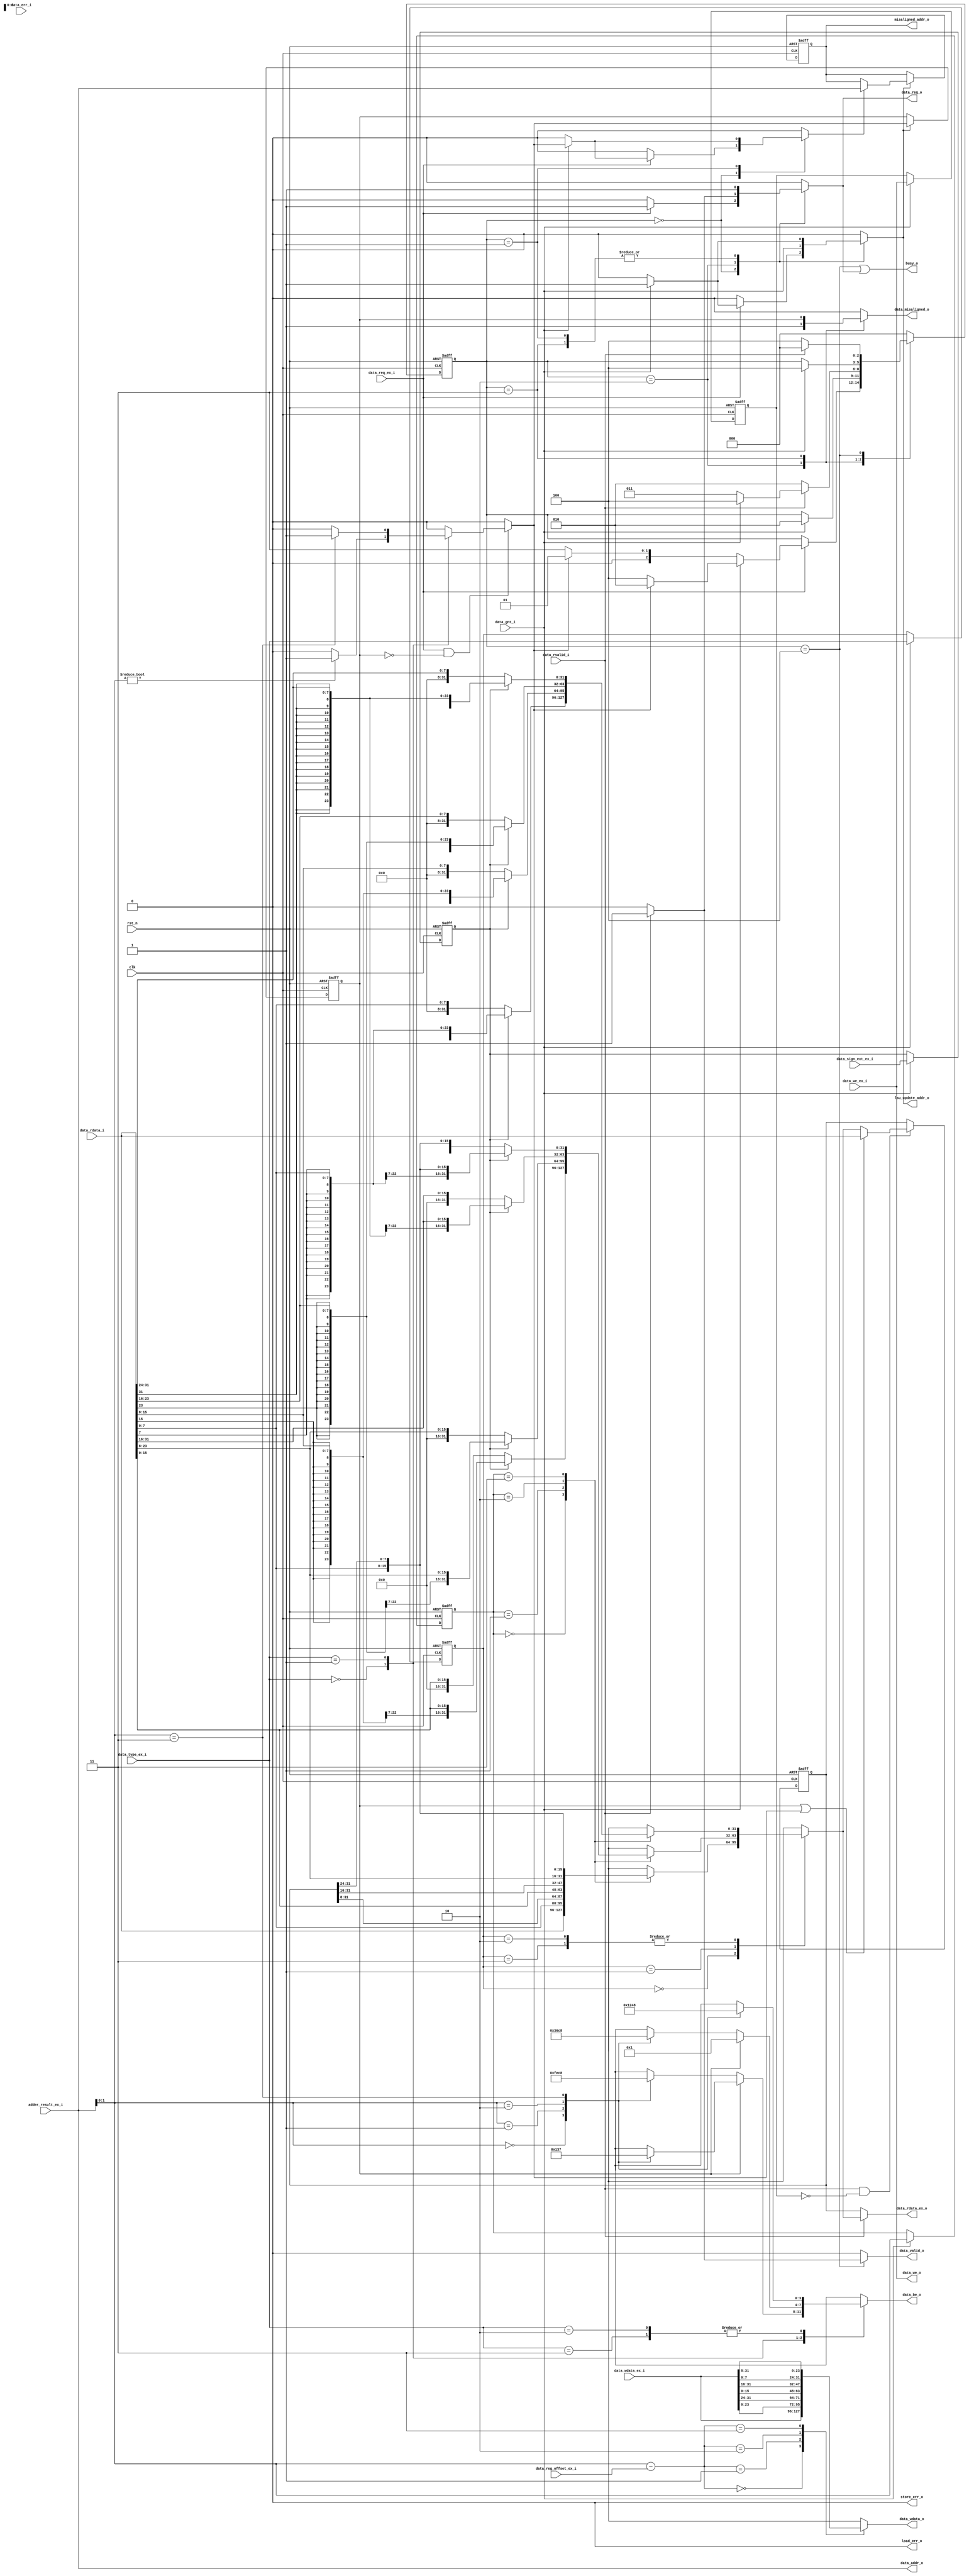
// Copyright lowRISC contributors.
// Copyright 2017 ETH Zurich and University of Bologna.
// Licensed under the Apache License, Version 2.0, see LICENSE for details.
// SPDX-License-Identifier: Apache-2.0

////////////////////////////////////////////////////////////////////////////////
//                                                                            //
// Additional contributions by:                                               //
//                 Sven Stucki - svstucki@student.ethz.ch                     //
//                                                                            //
//                                                                            //
// Design Name:    RISC-V processor core                                      //
// Project Name:   ibex                                                       //
// Language:       SystemVerilog                                              //
//                                                                            //
// Description:    Defines for various constants used by the processor core.  //
//                                                                            //
////////////////////////////////////////////////////////////////////////////////

module ibex_load_store_unit (
	clk,
	rst_n,
	data_req_o,
	data_gnt_i,
	data_rvalid_i,
	data_err_i,
	data_addr_o,
	data_we_o,
	data_be_o,
	data_wdata_o,
	data_rdata_i,
	data_we_ex_i,
	data_type_ex_i,
	data_wdata_ex_i,
	data_reg_offset_ex_i,
	data_sign_ext_ex_i,
	data_rdata_ex_o,
	data_req_ex_i,
	adder_result_ex_i,
	data_misaligned_o,
	misaligned_addr_o,
	load_err_o,
	store_err_o,
	lsu_update_addr_o,
	data_valid_o,
	busy_o
);
	input wire clk;
	input wire rst_n;
	output reg data_req_o;
	input wire data_gnt_i;
	input wire data_rvalid_i;
	input wire data_err_i;
	output wire [31:0] data_addr_o;
	output wire data_we_o;
	output wire [3:0] data_be_o;
	output wire [31:0] data_wdata_o;
	input wire [31:0] data_rdata_i;
	input wire data_we_ex_i;
	input wire [1:0] data_type_ex_i;
	input wire [31:0] data_wdata_ex_i;
	input wire [1:0] data_reg_offset_ex_i;
	input wire data_sign_ext_ex_i;
	output wire [31:0] data_rdata_ex_o;
	input wire data_req_ex_i;
	input wire [31:0] adder_result_ex_i;
	output reg data_misaligned_o;
	output reg [31:0] misaligned_addr_o;
	output wire load_err_o;
	output wire store_err_o;
	output reg lsu_update_addr_o;
	output reg data_valid_o;
	output wire busy_o;
	wire [31:0] data_addr_int;
	reg [1:0] data_type_q;
	reg [1:0] rdata_offset_q;
	reg data_sign_ext_q;
	reg data_we_q;
	wire [1:0] wdata_offset;
	reg [3:0] data_be;
	reg [31:0] data_wdata;
	wire misaligned_st;
	reg data_misaligned;
	reg data_misaligned_q;
	reg increase_address;
	reg [2:0] CS;
	reg [2:0] NS;
	reg [31:0] rdata_q;
	always @(*)
		case (data_type_ex_i)
			2'b00:
				if (!misaligned_st)
					case (data_addr_int[1:0])
						2'b00: data_be = 4'b1111;
						2'b01: data_be = 4'b1110;
						2'b10: data_be = 4'b1100;
						2'b11: data_be = 4'b1000;
					endcase
				else
					case (data_addr_int[1:0])
						2'b00: data_be = 4'b0000;
						2'b01: data_be = 4'b0001;
						2'b10: data_be = 4'b0011;
						2'b11: data_be = 4'b0111;
					endcase
			2'b01:
				if (!misaligned_st)
					case (data_addr_int[1:0])
						2'b00: data_be = 4'b0011;
						2'b01: data_be = 4'b0110;
						2'b10: data_be = 4'b1100;
						2'b11: data_be = 4'b1000;
					endcase
				else
					data_be = 4'b0001;
			2'b10, 2'b11:
				case (data_addr_int[1:0])
					2'b00: data_be = 4'b0001;
					2'b01: data_be = 4'b0010;
					2'b10: data_be = 4'b0100;
					2'b11: data_be = 4'b1000;
				endcase
		endcase
	assign wdata_offset = data_addr_int[1:0] - data_reg_offset_ex_i[1:0];
	always @(*)
		case (wdata_offset)
			2'b00: data_wdata = data_wdata_ex_i[31:0];
			2'b01: data_wdata = {data_wdata_ex_i[23:0], data_wdata_ex_i[31:24]};
			2'b10: data_wdata = {data_wdata_ex_i[15:0], data_wdata_ex_i[31:16]};
			2'b11: data_wdata = {data_wdata_ex_i[7:0], data_wdata_ex_i[31:8]};
		endcase
	always @(posedge clk or negedge rst_n)
		if (!rst_n) begin
			data_type_q <= 2'h0;
			rdata_offset_q <= 2'h0;
			data_sign_ext_q <= 1'b0;
			data_we_q <= 1'b0;
		end
		else if (data_gnt_i) begin
			data_type_q <= data_type_ex_i;
			rdata_offset_q <= data_addr_int[1:0];
			data_sign_ext_q <= data_sign_ext_ex_i;
			data_we_q <= data_we_ex_i;
		end
	reg [31:0] data_rdata_ext;
	reg [31:0] rdata_w_ext;
	reg [31:0] rdata_h_ext;
	reg [31:0] rdata_b_ext;
	always @(*)
		case (rdata_offset_q)
			2'b00: rdata_w_ext = data_rdata_i[31:0];
			2'b01: rdata_w_ext = {data_rdata_i[7:0], rdata_q[31:8]};
			2'b10: rdata_w_ext = {data_rdata_i[15:0], rdata_q[31:16]};
			2'b11: rdata_w_ext = {data_rdata_i[23:0], rdata_q[31:24]};
		endcase
	always @(*)
		case (rdata_offset_q)
			2'b00:
				if (!data_sign_ext_q)
					rdata_h_ext = {16'h0000, data_rdata_i[15:0]};
				else
					rdata_h_ext = {{16 {data_rdata_i[15]}}, data_rdata_i[15:0]};
			2'b01:
				if (!data_sign_ext_q)
					rdata_h_ext = {16'h0000, data_rdata_i[23:8]};
				else
					rdata_h_ext = {{16 {data_rdata_i[23]}}, data_rdata_i[23:8]};
			2'b10:
				if (!data_sign_ext_q)
					rdata_h_ext = {16'h0000, data_rdata_i[31:16]};
				else
					rdata_h_ext = {{16 {data_rdata_i[31]}}, data_rdata_i[31:16]};
			2'b11:
				if (!data_sign_ext_q)
					rdata_h_ext = {16'h0000, data_rdata_i[7:0], rdata_q[31:24]};
				else
					rdata_h_ext = {{16 {data_rdata_i[7]}}, data_rdata_i[7:0], rdata_q[31:24]};
		endcase
	always @(*)
		case (rdata_offset_q)
			2'b00:
				if (!data_sign_ext_q)
					rdata_b_ext = {24'h000000, data_rdata_i[7:0]};
				else
					rdata_b_ext = {{24 {data_rdata_i[7]}}, data_rdata_i[7:0]};
			2'b01:
				if (!data_sign_ext_q)
					rdata_b_ext = {24'h000000, data_rdata_i[15:8]};
				else
					rdata_b_ext = {{24 {data_rdata_i[15]}}, data_rdata_i[15:8]};
			2'b10:
				if (!data_sign_ext_q)
					rdata_b_ext = {24'h000000, data_rdata_i[23:16]};
				else
					rdata_b_ext = {{24 {data_rdata_i[23]}}, data_rdata_i[23:16]};
			2'b11:
				if (!data_sign_ext_q)
					rdata_b_ext = {24'h000000, data_rdata_i[31:24]};
				else
					rdata_b_ext = {{24 {data_rdata_i[31]}}, data_rdata_i[31:24]};
		endcase
	always @(*)
		case (data_type_q)
			2'b00: data_rdata_ext = rdata_w_ext;
			2'b01: data_rdata_ext = rdata_h_ext;
			2'b10, 2'b11: data_rdata_ext = rdata_b_ext;
		endcase
	localparam [2:0] IDLE = 0;
	always @(posedge clk or negedge rst_n)
		if (!rst_n) begin
			CS <= IDLE;
			rdata_q <= {32 {1'sb0}};
			data_misaligned_q <= 1'b0;
			misaligned_addr_o <= 32'b00000000000000000000000000000000;
		end
		else begin
			CS <= NS;
			if (lsu_update_addr_o) begin
				data_misaligned_q <= data_misaligned;
				if (increase_address)
					misaligned_addr_o <= data_addr_int;
			end
			if (data_rvalid_i && !data_we_q)
				if (data_misaligned_q || data_misaligned)
					rdata_q <= data_rdata_i;
				else
					rdata_q <= data_rdata_ext;
		end
	assign data_rdata_ex_o = (data_rvalid_i ? data_rdata_ext : rdata_q);
	assign data_addr_o = data_addr_int;
	assign data_wdata_o = data_wdata;
	assign data_we_o = data_we_ex_i;
	assign data_be_o = data_be;
	assign misaligned_st = data_misaligned_q;
	assign load_err_o = 1'b0;
	assign store_err_o = 1'b0;
	localparam [2:0] WAIT_GNT = 3;
	localparam [2:0] WAIT_GNT_MIS = 1;
	localparam [2:0] WAIT_RVALID = 4;
	localparam [2:0] WAIT_RVALID_MIS = 2;
	always @(*) begin
		NS = CS;
		data_req_o = 1'b0;
		lsu_update_addr_o = 1'b0;
		data_valid_o = 1'b0;
		increase_address = 1'b0;
		data_misaligned_o = 1'b0;
		case (CS)
			IDLE:
				if (data_req_ex_i) begin
					data_req_o = data_req_ex_i;
					if (data_gnt_i) begin
						lsu_update_addr_o = 1'b1;
						increase_address = data_misaligned;
						NS = (data_misaligned ? WAIT_RVALID_MIS : WAIT_RVALID);
					end
					else
						NS = (data_misaligned ? WAIT_GNT_MIS : WAIT_GNT);
				end
			WAIT_GNT_MIS: begin
				data_req_o = 1'b1;
				if (data_gnt_i) begin
					lsu_update_addr_o = 1'b1;
					increase_address = data_misaligned;
					NS = WAIT_RVALID_MIS;
				end
			end
			WAIT_RVALID_MIS: begin
				increase_address = 1'b0;
				data_misaligned_o = 1'b1;
				data_req_o = 1'b0;
				lsu_update_addr_o = data_gnt_i;
				if (data_rvalid_i) begin
					data_req_o = 1'b1;
					if (data_gnt_i)
						NS = WAIT_RVALID;
					else
						NS = WAIT_GNT;
				end
				else
					NS = WAIT_RVALID_MIS;
			end
			WAIT_GNT: begin
				data_misaligned_o = data_misaligned_q;
				data_req_o = 1'b1;
				if (data_gnt_i) begin
					lsu_update_addr_o = 1'b1;
					NS = WAIT_RVALID;
				end
			end
			WAIT_RVALID: begin
				data_req_o = 1'b0;
				if (data_rvalid_i) begin
					data_valid_o = 1'b1;
					NS = IDLE;
				end
				else
					NS = WAIT_RVALID;
			end
			default: NS = IDLE;
		endcase
	end
	always @(*) begin
		data_misaligned = 1'b0;
		if (data_req_ex_i && !data_misaligned_q)
			case (data_type_ex_i)
				2'b00:
					if (data_addr_int[1:0] != 2'b00)
						data_misaligned = 1'b1;
				2'b01:
					if (data_addr_int[1:0] == 2'b11)
						data_misaligned = 1'b1;
				default:
					;
			endcase
	end
	assign data_addr_int = adder_result_ex_i;
	assign busy_o = (CS == WAIT_RVALID) | (data_req_o == 1'b1);
endmodule